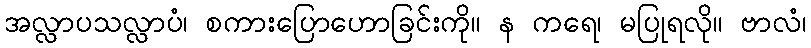
အလ္လာပသလ္လာပံ၊ စကားပြောဟောခြင်းကို။ န ကရေ၊ မပြုရလို။ ဗာလံ၊